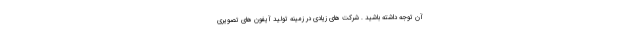
آن توجه داشته باشید . شرکت های زیادی در زمینه تولید آیفون های تصویری